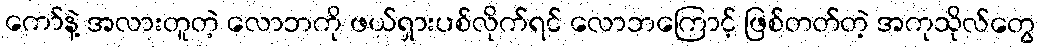
ကော်နဲ့ အလားတူတဲ့ လောဘကို ဖယ်ရှားပစ်လိုက်ရင် လောဘကြောင့် ဖြစ်တတ်တဲ့ အကုသိုလ်တွေ